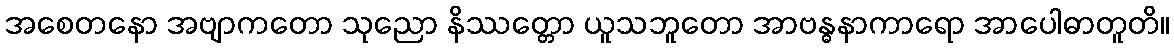
အစေတနော အဗျာကတော သုညော နိဿတ္တော ယူသဘူတော အာဗန္ဓနာကာရော အာပေါဓာတူတိ။